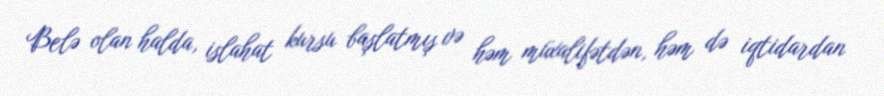
Belə olan halda, islahat kursu başlatmış və həm müxalifətdən, həm də iqtidardan